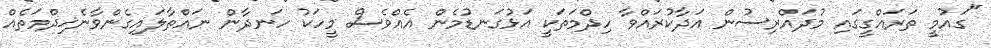
"ގައުމީ ތަރައްގީގައި މުދައްރިސުން އަދާކުރައްވާ ހިދްމަތަކީ އަޅުގަނޑުމެން އެއްވެސް މީހަކު ހަނދާން ނައްތާލައިގެންވާނެޚިދްމަތެއް